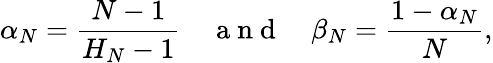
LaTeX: \alpha_{N}={\frac{N-1}{H_{N}-1}}\quad\mathrm{~a~n~d~}\quad\beta_{N}={\frac{1-\alpha_{N}}{N}},